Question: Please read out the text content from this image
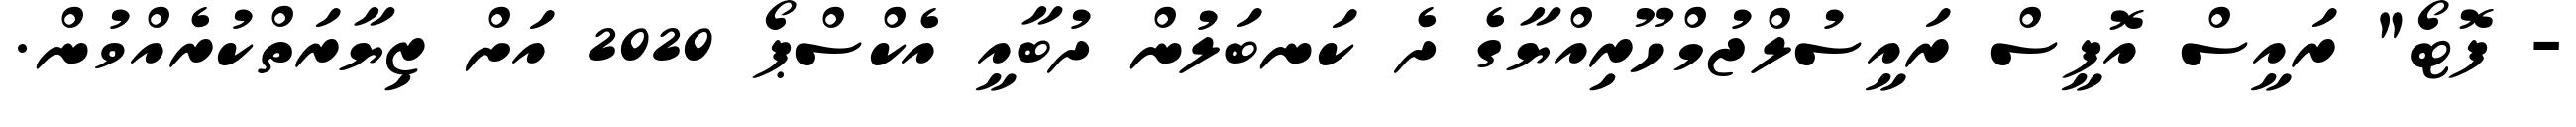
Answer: - ފޮޓޯ" ރައީސް އޮފީސް ރައީސުލްޖުމްހޫރިއްޔާގެ ދެ ކަނބަލުން ދުބާއީ އެކްސްޕޯ 2020 އަށް ޒިޔާރަތްކުރެއްވުން.